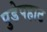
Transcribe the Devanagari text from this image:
पुडेपहाट